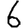
Digit: 6